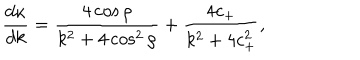
LaTeX: \frac { d \kappa } { d k } = \frac { 4 \cos \rho } { k ^ { 2 } + 4 \cos ^ { 2 } \rho } + \frac { 4 c _ { + } } { k ^ { 2 } + 4 c _ { + } ^ { 2 } } ,